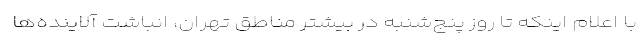
با اعلام اینکه تا روز پنج‌شنبه در بیشتر مناطق تهران، انباشت آلاینده‌ها